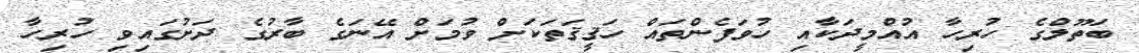
ބަތޫލްގެ ހުރިހާ އުއްމީދަކާއި ހުވަފެންތައް ހަޤީޤަތަކަށް ވުމަށް އޭނަގެ ބާރުގެ ދަށުގައިވި ހުރިހާ